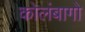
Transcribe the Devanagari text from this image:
कोलंबागो